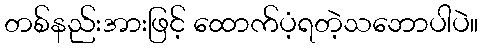
တစ်နည်းအားဖြင့် ထောက်ပံ့ရတဲ့သဘောပါပဲ။